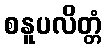
စနူပလိတ္တံ